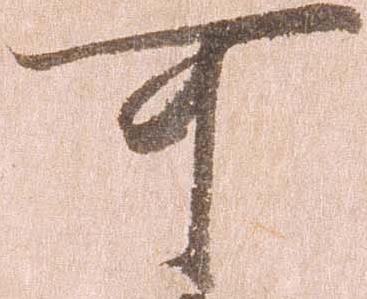
可